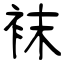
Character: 袜